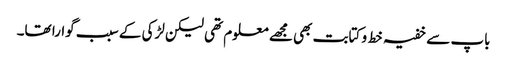
باپ سے خفیہ خط و کتابت بھی مجھے معلوم تھی لیکن لڑکی کے سبب گوارا تھا۔